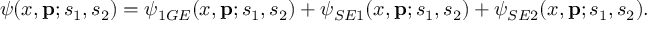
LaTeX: \psi ( x , { \bf p } ; s _ { 1 } , s _ { 2 } ) = \psi _ { 1 G E } ( x , { \bf p } ; s _ { 1 } , s _ { 2 } ) + \psi _ { S E 1 } ( x , { \bf p } ; s _ { 1 } , s _ { 2 } ) + \psi _ { S E 2 } ( x , { \bf p } ; s _ { 1 } , s _ { 2 } ) .